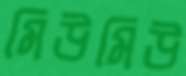
মিউমিউ